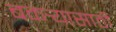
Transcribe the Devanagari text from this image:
बकर्‍यासाठी